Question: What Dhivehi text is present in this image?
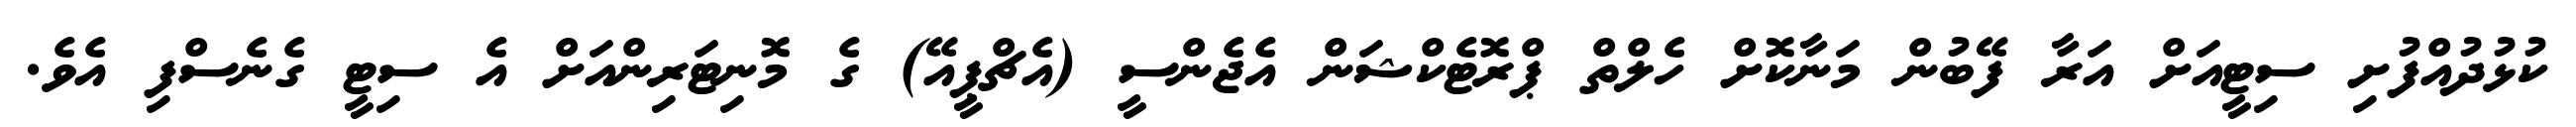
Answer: ކުޅުދުއްފުށި ސިޓީއަށް އަރާ ފޭބުން މަނާކޮށް ހެލްތް ޕްރޮޓެކްޝަން އެޖެންސީ (އެޗްޕީއޭ) ގެ މޮނިޓަރިންއަށް އެ ސިޓީ ގެނެސްފި އެވެ.